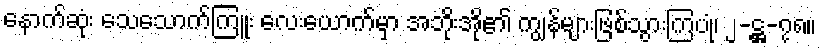
နောက်ဆုံး သေသောက်ကြူး လေးယောက်မှာ အဘိုးအို၏ ကျွန်များဖြစ်သွားကြပုံ၊ ၂-ဋ္ဌ-၇၈။